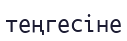
теңгесіне